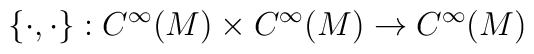
\{\cdot,\cdot\} : C^\infty(M) \times C^\infty(M) \to C^\infty(M)